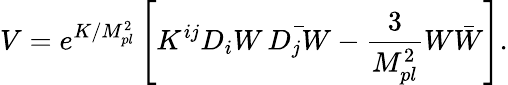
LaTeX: V=e^{K/M_{pl}^{2}}\left[K^{ij}D_{i}W\, \bar{D_{j}W}-\frac{3}{M_{pl}^{2}}W\bar{W}\right].